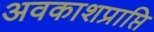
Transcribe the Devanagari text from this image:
अवकाशप्राप्ति